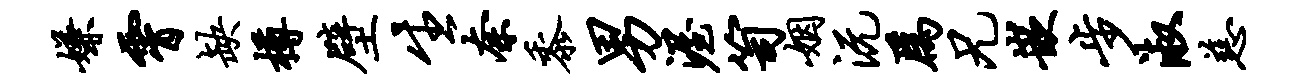
嫌霄缺樽壁生奈黍男渥笥姻沅为兄嵌步淑慈